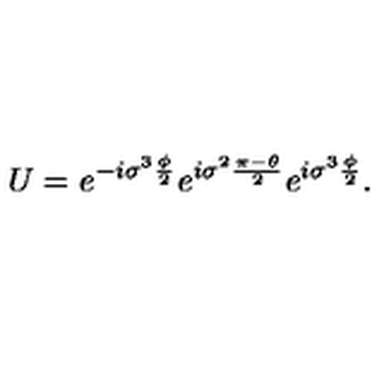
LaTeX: U = e ^ { - i { \sigma } ^ { 3 } \frac { \phi } { 2 } } e ^ { i { \sigma } ^ { 2 } \frac { \pi - \theta } { 2 } } e ^ { i { \sigma } ^ { 3 } \frac { \phi } { 2 } } .